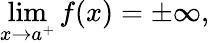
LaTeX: \operatorname*{lim}_{x\to a^{+}}f(x)=\pm\infty,